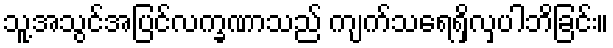
သူ့အသွင်အပြင်လက္ခဏာသည် ကျက်သရေရှိလှပါဘိခြင်း။